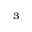
^ 3